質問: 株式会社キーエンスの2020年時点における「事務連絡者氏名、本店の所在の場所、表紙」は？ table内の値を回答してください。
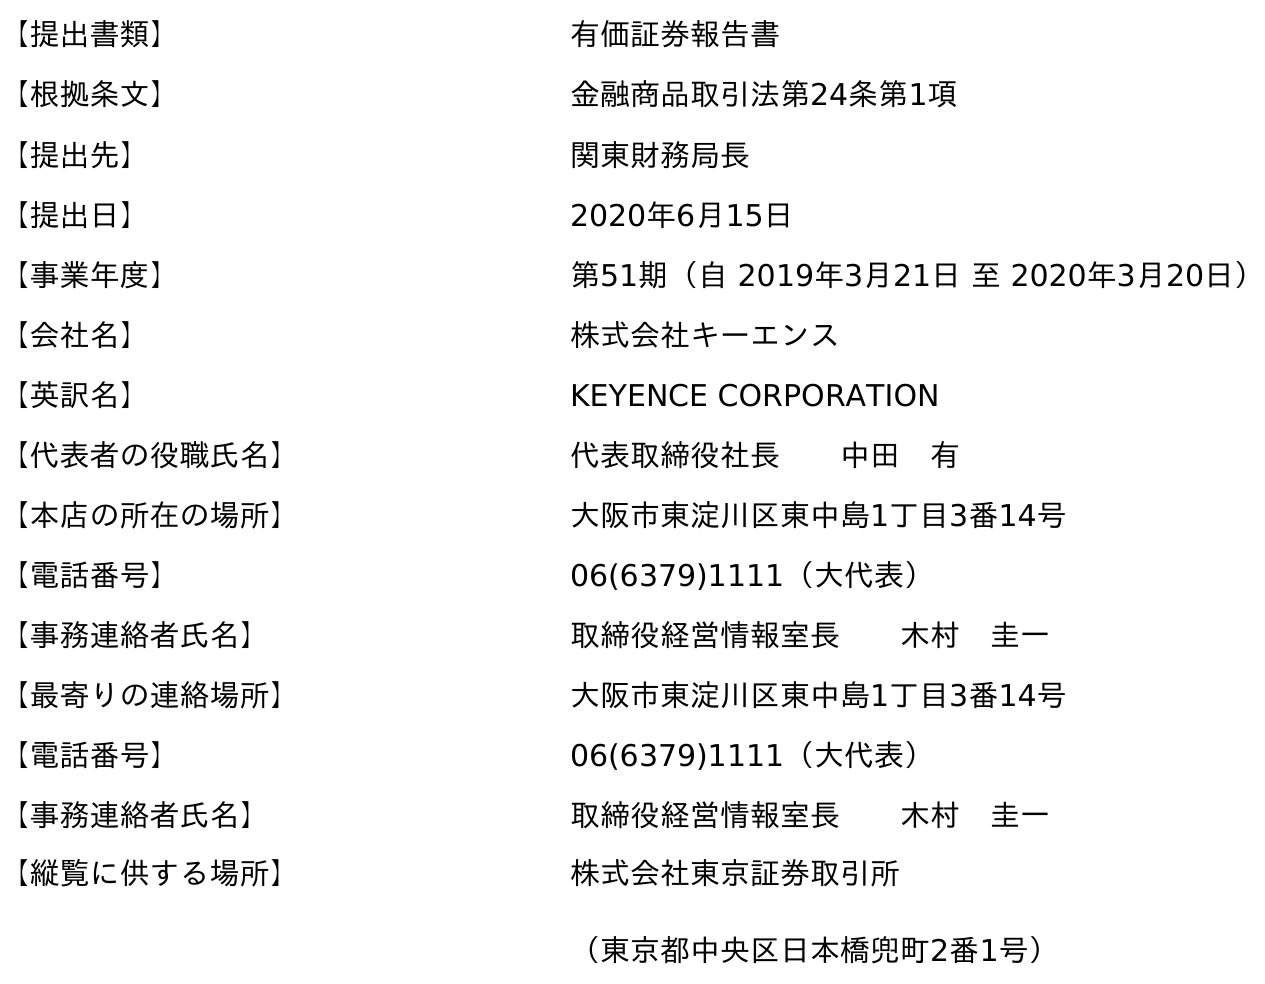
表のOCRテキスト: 【提出書類】 有価証券報告書 【根拠条文】 金融商品取引法第24条第1項 【提出先】 関東財務局長 【提出日】 2020年6月15日 【事業年度】 第51期（自 2019年3月21日 至 2020年3月20日） 【会社名】 株式会社キーエンス 【英訳名】 KEYENCE CORPORATION 【代表者の役職氏名】 代表取締役社長  中田 有 【本店の所在の場所】 大阪市東淀川区東中島1丁目3番14号 【電話番号】 06(6379)1111（大代表） 【事務連絡者氏名】 取締役経営情報室長  木村 圭一 【最寄りの連絡場所】 大阪市東淀川区東中島1丁目3番14号 【電話番号】 06(6379)1111（大代表） 【事務連絡者氏名】 取締役経営情報室長  木村 圭一 【縦覧に供する場所】 株式会社東京証券取引所 （東京都中央区日本橋兜町2番1号）
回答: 取締役経営情報室長木村　圭一